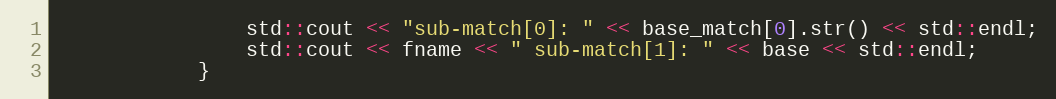
Language: C++
                std::cout << "sub-match[0]: " << base_match[0].str() << std::endl;
                std::cout << fname << " sub-match[1]: " << base << std::endl;
            }